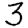
Digit: 3